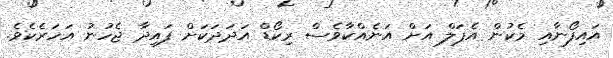
އައިފޯނާއި މެކުން އެޕަލް އަށް އަނެއްކާވެސް ރިކޯޑް އަދަދަކަށް ފައިދާ ޖެހުނު އަހަރެކެވެ.